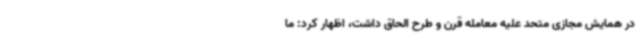
در همایش مجازی متحد علیه معامله قرن و طرح الحاق داشت، اظهار کرد: ما